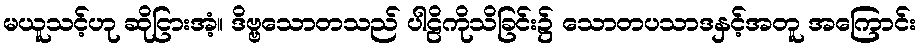
မယူသင့်ဟု ဆိုငြားအံ့။ ဒိဗ္ဗသောတသည် ပါဠိကိုသိခြင်း၌ သောတပသာဒနှင့်အတူ အကြောင်း